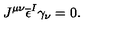
J ^ { \mu \nu } \overline { { \epsilon } } ^ { I } \gamma _ { \nu } = 0 .